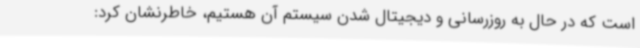
است که در حال به روزرسانی و دیجیتال شدن سیستم آن هستیم، خاطرنشان کرد: